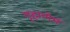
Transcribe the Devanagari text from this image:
गृहाणेमं